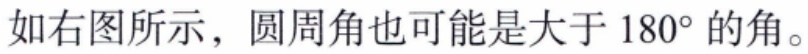
如右图所示，圆周角也可能是大于 \(180^{\circ}\) 的角。